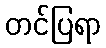
တင်ပြရာ